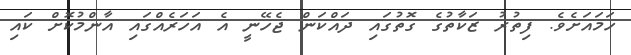
ހަމައަށެވެ. ފިތުރު ޒަކާތުގެ ގޮތުގައި ދައްކަން ޖެހޭނީ އެ އަހަރެއްގައި އާންމުކޮށް ކައި